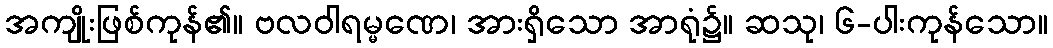
အကျိုးဖြစ်ကုန်၏။ ဗလဝါရမ္မဏေ၊ အားရှိသော အာရုံ၌။ ဆသု၊ ၆-ပါးကုန်သော။